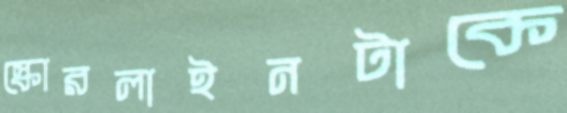
স্কোরলাইনটাকে